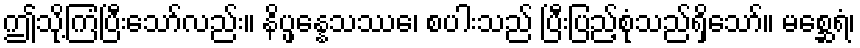
ဤသို့ကြံပြီးသော်လည်း။ နိပ္ဖန္နေသဿေ၊ စပါးသည် ပြီးပြည့်စုံသည်ရှိသော်။ မစ္ဆေရံ၊